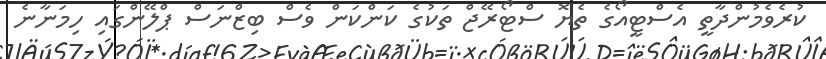
ކުރެވެމުންދާތީ އެސްޓީއޯގެ ތެޔޮ ސްޓޯރޭޖް ތަކުގެ ކަންކަން ވެސް ބިޒްނަސް ޕްލޭންގައި ހިމަނާނެ